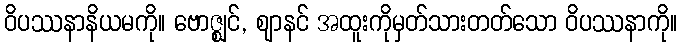
ဝိပဿနာနိယမကို။ ဗောဇ္ဈင်, ဈာနင် အထူးကိုမှတ်သားတတ်သော ဝိပဿနာကို။